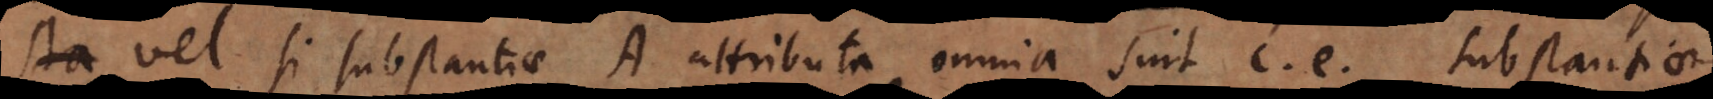
sta, vel si substantiae A attributa omnia sint c, e, substantiae